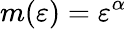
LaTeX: m(\varepsilon)=\varepsilon^{\alpha}